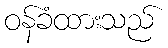
ဝန်ခံထားသည်